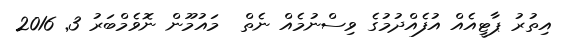
އިތުރު ޕާޓީއެއް އުފެއްދުމުގެ ވިސްނުމެއް ނެތް  މައުމޫން ނޮވެމްބަރު 3